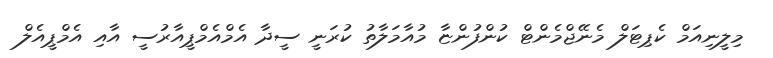
މިލީނިއަމް ކެޕިޓަލް މެނޭޖްމެންޓް ކުންފުންޏާ މުއާމަލާތު ކުރަނީ ސީދާ އެމްއެމްޕީއާރުސީ އާއި އެމްޕީއެލް